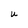
Character: U